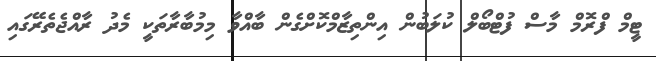
ޓީމް ފްރޮމް މާސް ފުޓްބޯލް ކުލަބުން އިންތިޒާމްކޮށްގެން ބާއްވާ މިމުބާރާތަކީ މެދު ރާއްޖެތެރޭގައި